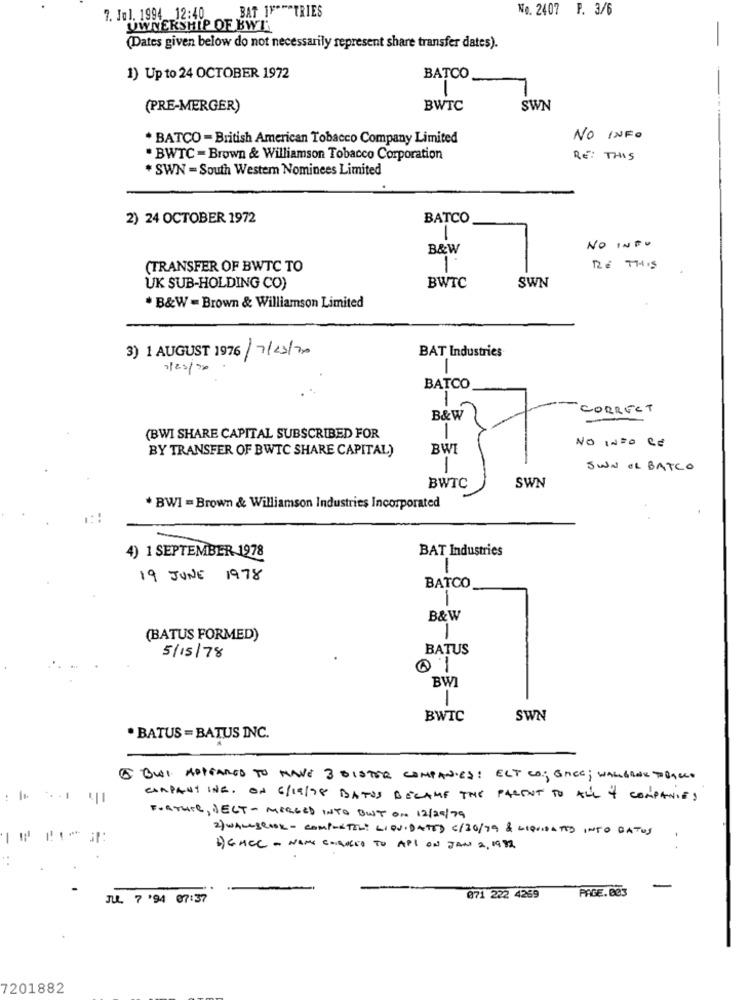
BAT IF" " TRIES
No. 2407 F. 3/6
7. Jul. 1994 12:40
OWNERSHIP OF BWT'
-
(Dates given below do not necessarily represent share transfer dates).
1) Up to 24 OCTOBER 1972
BATCO
1
(PRE-MERGER)
BWTC
SWN
* BATCO - British American Tobacco Company Limited
NO INFO
. BWTC = Brown & Williamson Tobacco Corporation
RE: THIS
* SWN = South Westem Nominees Limited
2) 24 OCTOBER 1972
BATCO
B&W
NO INFO
(TRANSFER OF BWTC TO
RE THIS
BWTC
UK SUB-HOLDING CO)
SWN
B&W=Brown & Williamson Limited
3) 1 AUGUST 1976 /7/23/20
BAT Industries
0/25/200
-
BATCO
CORRECT
B&W
1
(BWI SHARE CAPITAL SUBSCRIBED FOR
NO INFO CE
BY TRANSFER OF BWTC SHARE CAPITAL)
BWI
SIWN OR BATCO
BWTC
SWN
* BWI = Brown & Williamson Industries Incorporated
4) 1 SEPTEMBER 1978
BAT Industries
1
19 JUNE 1978
BATCO
B&W
(BATUS FORMED)
BATUS
5/15/78
BWI
-
BWIC
SWN
· BATUS = BATUS INC.
5 BUI APPEARED TO HAVE 3 OISTER COMPANIES : ELT CO; GACE; WALLBANK TOBAcco
: 1+
COMPANY ING. ON 6/19/98 BATOS BECAME THE PARENT TO ALL & COMPANIES
FATHER, DECT-MERGED INTO BUST ON 12/29/79
1 ⑈ !!!-
2) WALESCOOK - COMPORTIL: LIQUIDATED C/30/19 & LIQUIDATED INTO GATOS .
1) GHCC - NAME CHANGED TO APL ON JAN 2, 1992
:
PAGE.803
-
JUL. 7194 07:37
071 222 4269
7201882